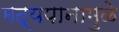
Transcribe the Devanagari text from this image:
मद्यपानामुळे